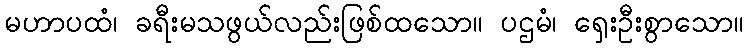
မဟာပထံ၊ ခရီးမသဖွယ်လည်းဖြစ်ထသော။ ပဌမံ၊ ရှေးဦးစွာသော။